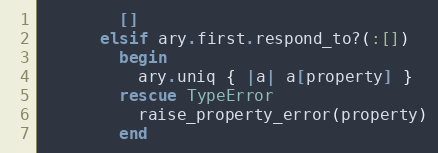
Language: Ruby
        []
      elsif ary.first.respond_to?(:[])
        begin
          ary.uniq { |a| a[property] }
        rescue TypeError
          raise_property_error(property)
        end